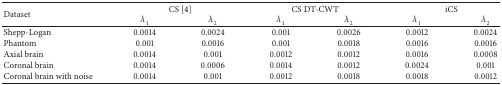
<table><thead><tr><td rowspan="2"><b>Dataset</b></td><td colspan="2"><b>CS [4]</b></td><td colspan="2"><b>CS DT-CWT</b></td><td colspan="2"><b>iCS</b></td></tr><tr><td><b><i>λ</i><sub>1</sub></b></td><td><b><i>λ</i><sub>2</sub></b></td><td><b><i>λ</i><sub>1</sub></b></td><td><b><i>λ</i><sub>2</sub></b></td><td><b><i>λ</i><sub>1</sub></b></td><td><b><i>λ</i><sub>2</sub></b></td></tr></thead><tbody><tr><td>Shepp-Logan</td><td>0.0014</td><td> 0.0024</td><td>0.001</td><td>0.0026</td><td>0.0012</td><td>0.0024</td></tr><tr><td>Phantom</td><td>0.001</td><td>0.0016 </td><td>0.001</td><td>0.0018</td><td>0.0016</td><td>0.0016</td></tr><tr><td>Axial brain</td><td>0.0014</td><td>0.001</td><td>0.0012</td><td>0.0012</td><td>0.0016</td><td>0.0008</td></tr><tr><td>Coronal brain</td><td>0.0014</td><td>0.0006</td><td>0.0014</td><td>0.0012</td><td>0.0024</td><td>0.001</td></tr><tr><td>Coronal brain with noise</td><td>0.0014</td><td>0.001</td><td>0.0012</td><td>0.0018</td><td>0.0018</td><td>0.0012</td></tr></tbody></table>